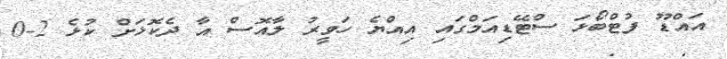
އައްޑޫ ފުޓްބޯޅަ ސްޓޭޑިއަމްގައި އިއްޔެ ހަވީރު ލާއޮސް އާ ދެކޮޅަށް ކުޅެ 2-0